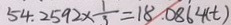
5 4 . 2 5 9 2 \times \frac { 1 } { 3 } = 1 8 . 0 8 6 4 ( t )